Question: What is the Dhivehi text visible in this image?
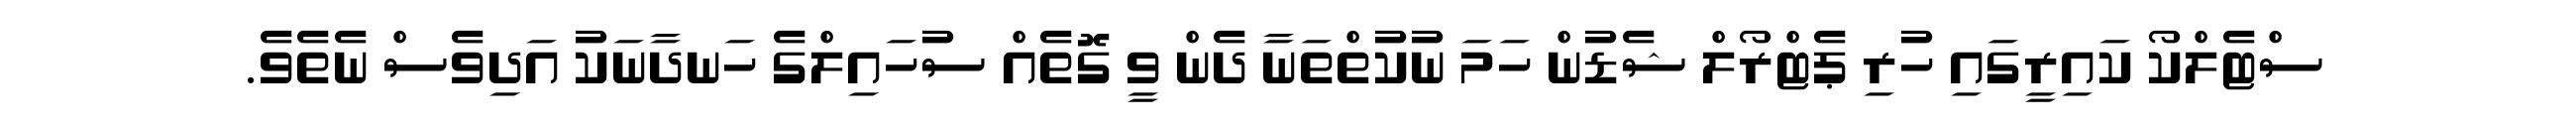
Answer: ސްޓެލްކޯ ކައިރީގައި ހުރި ޕެޓްރޯލް ޝެޑުން ހަމަ ނުކުތްތަނާ ދެން ވީ ގޮތެއް ސުހައިލްގެ ހަނދާނަކު އަދިވެސް ނެތެވެ.